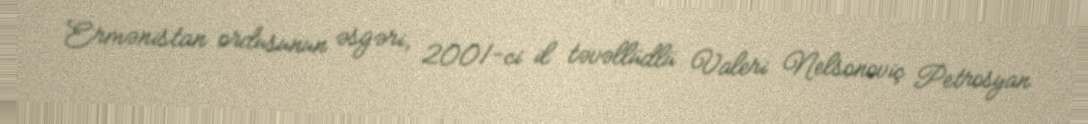
Ermənistan ordusunun əsgəri, 2001-ci il təvəllüdlü Valeri Nelsonoviç Petrosyan